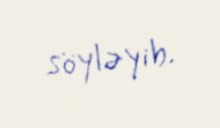
söyləyib.